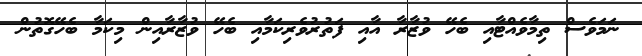
ނަމަވެސް ތިމާވެއްޓާއި ބެހޭ ވުޒާރާ އާއި ފަތުރުވެރިކަމާއި ބެހޭ ވުޒާރާއިން މިކަމާ ބެހޭގޮތުން